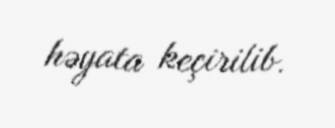
həyata keçirilib.